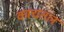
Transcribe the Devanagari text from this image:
काचतल